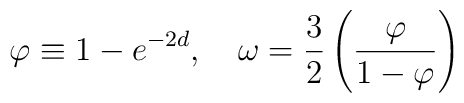
\varphi \equiv 1-e^{-2d},\quad \omega=\frac{3}{2} \left( \frac{\varphi}{1-\varphi} \right)